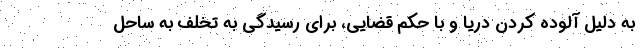
به دلیل آلوده کردن دریا و با حکم قضایی، برای رسیدگی به تخلف به ساحل